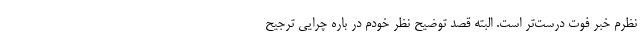
نظرم خبر فوت درست‌تر است. البته قصد توضیح نظر خودم در باره چرایی ترجیح